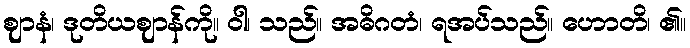
ဈာနံ၊ ဒုတိယဈာန်ကို။ ဝါ၊ သည်။ အဓိဂတံ၊ ရအပ်သည်။ ဟောတိ၊ ၏။